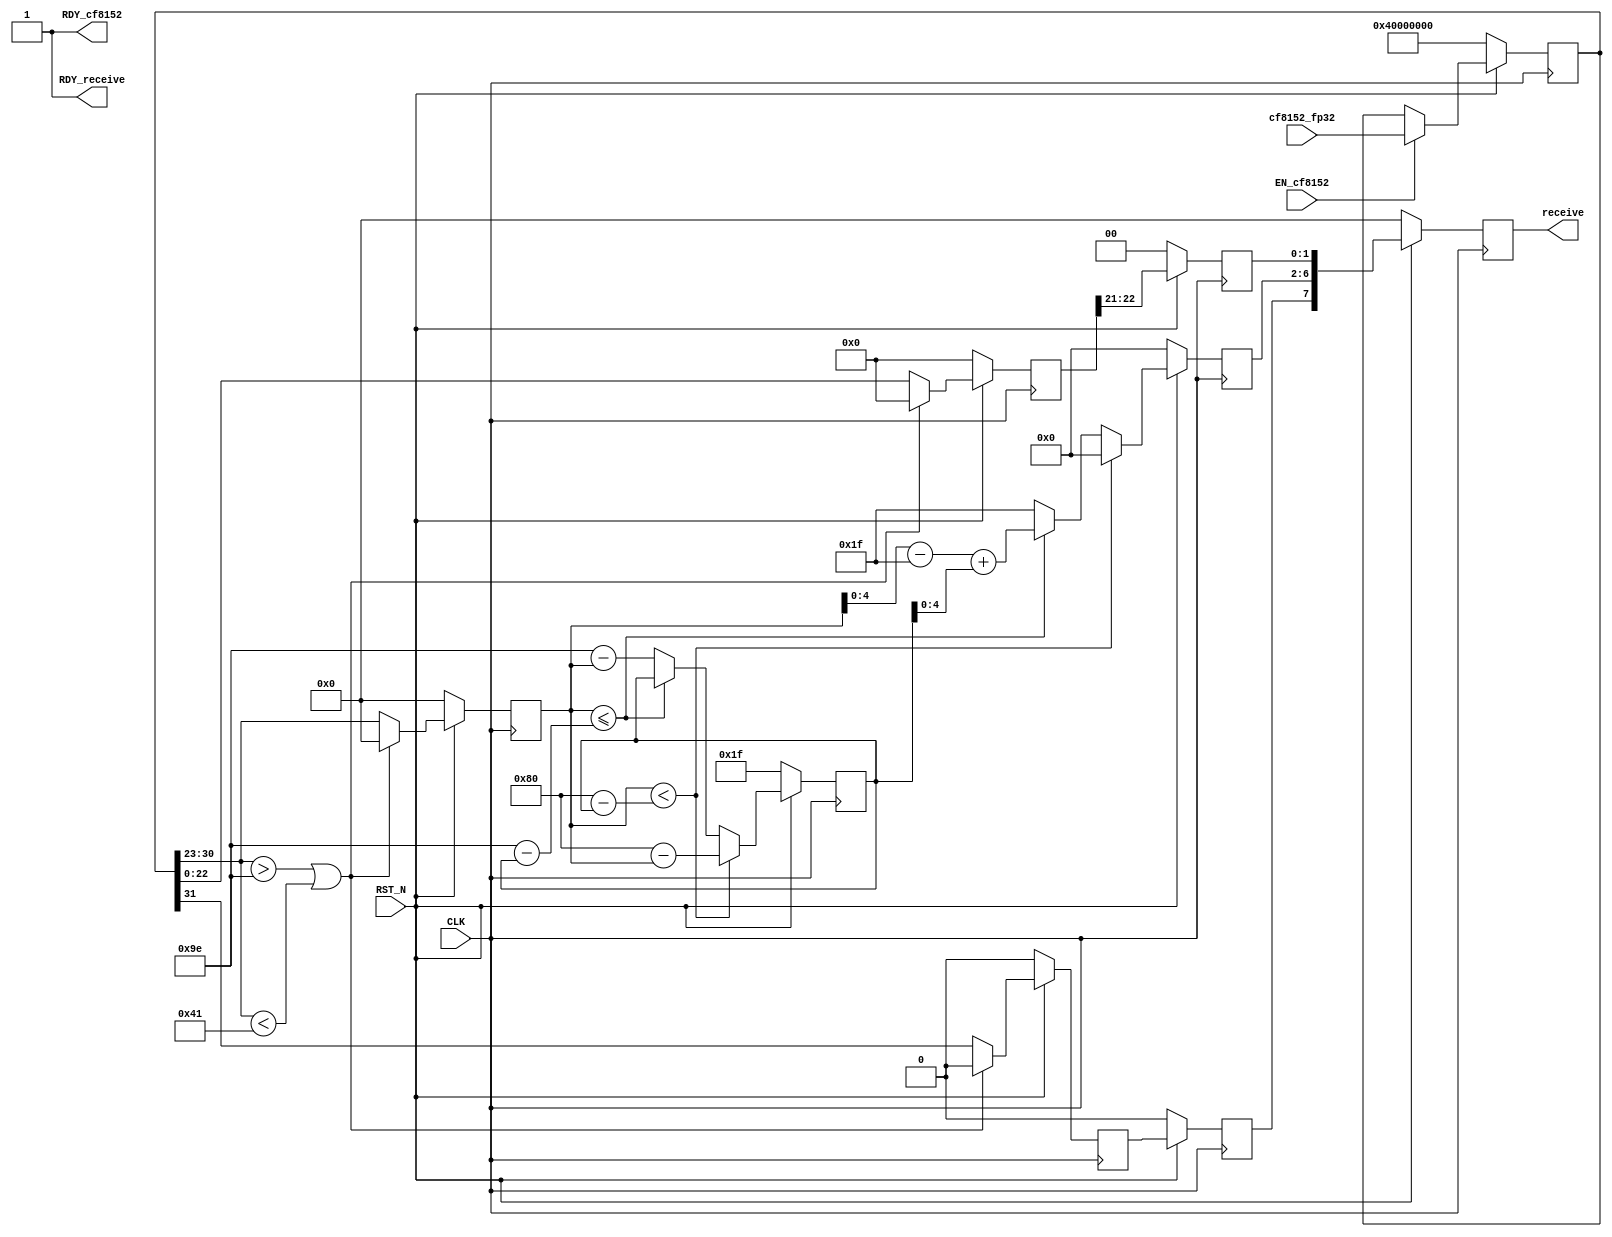
//
// Generated by Bluespec Compiler, version 2021.12.1 (build fd501401)
//
// On Mon Dec 11 14:07:18 IST 2023
//
//
// Ports:
// Name                         I/O  size props
// RDY_cf8152                     O     1 const
// receive                        O     8 reg
// RDY_receive                    O     1 const
// CLK                            I     1 clock
// RST_N                          I     1 reset
// cf8152_fp32                    I    32 reg
// EN_cf8152                      I     1
//
// No combinational paths from inputs to outputs
//
//

`ifdef BSV_ASSIGNMENT_DELAY
`else
  `define BSV_ASSIGNMENT_DELAY
`endif

`ifdef BSV_POSITIVE_RESET
  `define BSV_RESET_VALUE 1'b1
  `define BSV_RESET_EDGE posedge
`else
  `define BSV_RESET_VALUE 1'b0
  `define BSV_RESET_EDGE negedge
`endif

module mkFP32tocf8152(CLK,
		      RST_N,

		      cf8152_fp32,
		      EN_cf8152,
		      RDY_cf8152,

		      receive,
		      RDY_receive);
  input  CLK;
  input  RST_N;

  // action method cf8152
  input  [31 : 0] cf8152_fp32;
  input  EN_cf8152;
  output RDY_cf8152;

  // value method receive
  output [7 : 0] receive;
  output RDY_receive;

  // signals for module outputs
  wire [7 : 0] receive;
  wire RDY_cf8152, RDY_receive;

  // register bias
  reg [7 : 0] bias;
  wire [7 : 0] bias$D_IN;
  wire bias$EN;

  // register cf16op
  reg [7 : 0] cf16op;
  wire [7 : 0] cf16op$D_IN;
  wire cf16op$EN;

  // register exp_i
  reg [7 : 0] exp_i;
  wire [7 : 0] exp_i$D_IN;
  wire exp_i$EN;

  // register exp_o
  reg [7 : 0] exp_o;
  wire [7 : 0] exp_o$D_IN;
  wire exp_o$EN;

  // register fp32inp
  reg [31 : 0] fp32inp;
  wire [31 : 0] fp32inp$D_IN;
  wire fp32inp$EN;

  // register m_i
  reg [22 : 0] m_i;
  wire [22 : 0] m_i$D_IN;
  wire m_i$EN;

  // register m_o
  reg [1 : 0] m_o;
  wire [1 : 0] m_o$D_IN;
  wire m_o$EN;

  // register sb_i
  reg [1 : 0] sb_i;
  wire [1 : 0] sb_i$D_IN;
  wire sb_i$EN;

  // register sb_o
  reg [1 : 0] sb_o;
  wire [1 : 0] sb_o$D_IN;
  wire sb_o$EN;

  // remaining internal signals
  wire [7 : 0] x__h769, x__h796, x__h860, x__h864, y__h715, y__h743;
  wire [1 : 0] x__h415;
  wire exp_i_6_ULE_0b10011110_MINUS_bias_7_1___d22,
       exp_i_6_ULT_0b10000000_MINUS_bias_7_8___d19;

  // action method cf8152
  assign RDY_cf8152 = 1'd1 ;

  // value method receive
  assign receive = cf16op ;
  assign RDY_receive = 1'd1 ;

  // register bias
  assign bias$D_IN =
	     exp_i_6_ULT_0b10000000_MINUS_bias_7_8___d19 ?
	       x__h769 :
	       (exp_i_6_ULE_0b10011110_MINUS_bias_7_1___d22 ?
		  bias :
		  x__h796) ;
  assign bias$EN = 1'd1 ;

  // register cf16op
  assign cf16op$D_IN = { sb_o[0], exp_o[4:0], m_o } ;
  assign cf16op$EN = 1'd1 ;

  // register exp_i
  assign exp_i$D_IN =
	     (fp32inp[30:23] > 8'b10011110 || fp32inp[30:23] < 8'b01000001) ?
	       8'b0 :
	       fp32inp[30:23] ;
  assign exp_i$EN = 1'd1 ;

  // register exp_o
  assign exp_o$D_IN =
	     exp_i_6_ULT_0b10000000_MINUS_bias_7_8___d19 ?
	       8'b0 :
	       (exp_i_6_ULE_0b10011110_MINUS_bias_7_1___d22 ?
		  x__h860 :
		  8'b00011111) ;
  assign exp_o$EN = 1'd1 ;

  // register fp32inp
  assign fp32inp$D_IN = cf8152_fp32 ;
  assign fp32inp$EN = EN_cf8152 ;

  // register m_i
  assign m_i$D_IN =
	     (fp32inp[30:23] > 8'b10011110 || fp32inp[30:23] < 8'b01000001) ?
	       23'b0 :
	       fp32inp[22:0] ;
  assign m_i$EN = 1'd1 ;

  // register m_o
  assign m_o$D_IN = m_i[22:21] ;
  assign m_o$EN = 1'd1 ;

  // register sb_i
  assign sb_i$D_IN =
	     (fp32inp[30:23] > 8'b10011110 || fp32inp[30:23] < 8'b01000001) ?
	       2'b10 :
	       x__h415 ;
  assign sb_i$EN = 1'd1 ;

  // register sb_o
  assign sb_o$D_IN = sb_i ;
  assign sb_o$EN = 1'd1 ;

  // remaining internal signals
  assign exp_i_6_ULE_0b10011110_MINUS_bias_7_1___d22 = exp_i <= y__h743 ;
  assign exp_i_6_ULT_0b10000000_MINUS_bias_7_8___d19 = exp_i < y__h715 ;
  assign x__h415 = { 1'd0, fp32inp[31] } ;
  assign x__h769 = 8'b10000000 - exp_i ;
  assign x__h796 = 8'b10011110 - exp_i ;
  assign x__h860 = x__h864 + bias ;
  assign x__h864 = exp_i - 8'b01111111 ;
  assign y__h715 = 8'b10000000 - bias ;
  assign y__h743 = 8'b10011110 - bias ;

  // handling of inlined registers

  always@(posedge CLK)
  begin
    if (RST_N == `BSV_RESET_VALUE)
      begin
        bias <= `BSV_ASSIGNMENT_DELAY 8'b00011111;
	cf16op <= `BSV_ASSIGNMENT_DELAY 8'd0;
	exp_i <= `BSV_ASSIGNMENT_DELAY 8'd0;
	exp_o <= `BSV_ASSIGNMENT_DELAY 8'd0;
	fp32inp <= `BSV_ASSIGNMENT_DELAY 32'b01000000000000000000000000000000;
	m_i <= `BSV_ASSIGNMENT_DELAY 23'd0;
	m_o <= `BSV_ASSIGNMENT_DELAY 2'd0;
	sb_i <= `BSV_ASSIGNMENT_DELAY 2'd0;
	sb_o <= `BSV_ASSIGNMENT_DELAY 2'd0;
      end
    else
      begin
        if (bias$EN) bias <= `BSV_ASSIGNMENT_DELAY bias$D_IN;
	if (cf16op$EN) cf16op <= `BSV_ASSIGNMENT_DELAY cf16op$D_IN;
	if (exp_i$EN) exp_i <= `BSV_ASSIGNMENT_DELAY exp_i$D_IN;
	if (exp_o$EN) exp_o <= `BSV_ASSIGNMENT_DELAY exp_o$D_IN;
	if (fp32inp$EN) fp32inp <= `BSV_ASSIGNMENT_DELAY fp32inp$D_IN;
	if (m_i$EN) m_i <= `BSV_ASSIGNMENT_DELAY m_i$D_IN;
	if (m_o$EN) m_o <= `BSV_ASSIGNMENT_DELAY m_o$D_IN;
	if (sb_i$EN) sb_i <= `BSV_ASSIGNMENT_DELAY sb_i$D_IN;
	if (sb_o$EN) sb_o <= `BSV_ASSIGNMENT_DELAY sb_o$D_IN;
      end
  end

  // synopsys translate_off
  `ifdef BSV_NO_INITIAL_BLOCKS
  `else // not BSV_NO_INITIAL_BLOCKS
  initial
  begin
    bias = 8'hAA;
    cf16op = 8'hAA;
    exp_i = 8'hAA;
    exp_o = 8'hAA;
    fp32inp = 32'hAAAAAAAA;
    m_i = 23'h2AAAAA;
    m_o = 2'h2;
    sb_i = 2'h2;
    sb_o = 2'h2;
  end
  `endif // BSV_NO_INITIAL_BLOCKS
  // synopsys translate_on

  // handling of system tasks

  // synopsys translate_off
  always@(negedge CLK)
  begin
    #0;
    if (RST_N != `BSV_RESET_VALUE)
      if (sb_o[1]) $display("Error: Out of range of cfloat8152");
    if (RST_N != `BSV_RESET_VALUE)
      if (!sb_o[1])
	$display("Cfloat8152 representation is: %b and the bias is: %b",
		 cf16op,
		 bias[5:0]);
  end
  // synopsys translate_on
endmodule  // mkFP32tocf8152